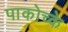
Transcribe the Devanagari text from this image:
पाकोच्के